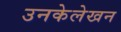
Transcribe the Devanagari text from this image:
उनकेलेखन